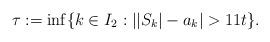
LaTeX: \begin{align*}\tau:=\inf\{k\in I_{2}:||S_{k}|-a_{k}|>11t \}.\end{align*}